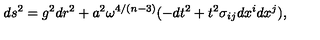
d s ^ { 2 } = g ^ { 2 } d r ^ { 2 } + a ^ { 2 } \omega ^ { 4 / ( n - 3 ) } ( - d t ^ { 2 } + t ^ { 2 } \sigma _ { i j } d x ^ { i } d x ^ { j } ) ,